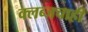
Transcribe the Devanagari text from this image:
क्लब्जचाही